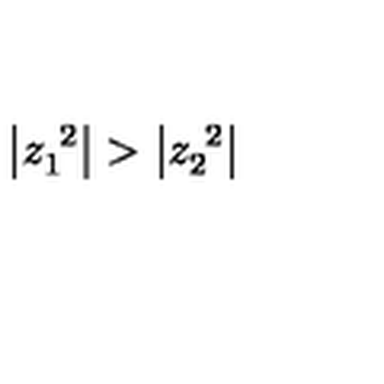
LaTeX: \left| z _ { 1 } ^ { \ 2 } \right| > \left| z _ { 2 } ^ { \ 2 } \right| \,